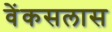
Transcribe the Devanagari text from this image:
वेंकसलास